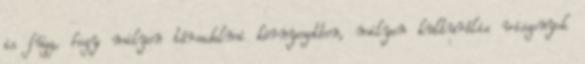
is függ, hogy milyen társadalmi környezetben, milyen kulturális viszonyok